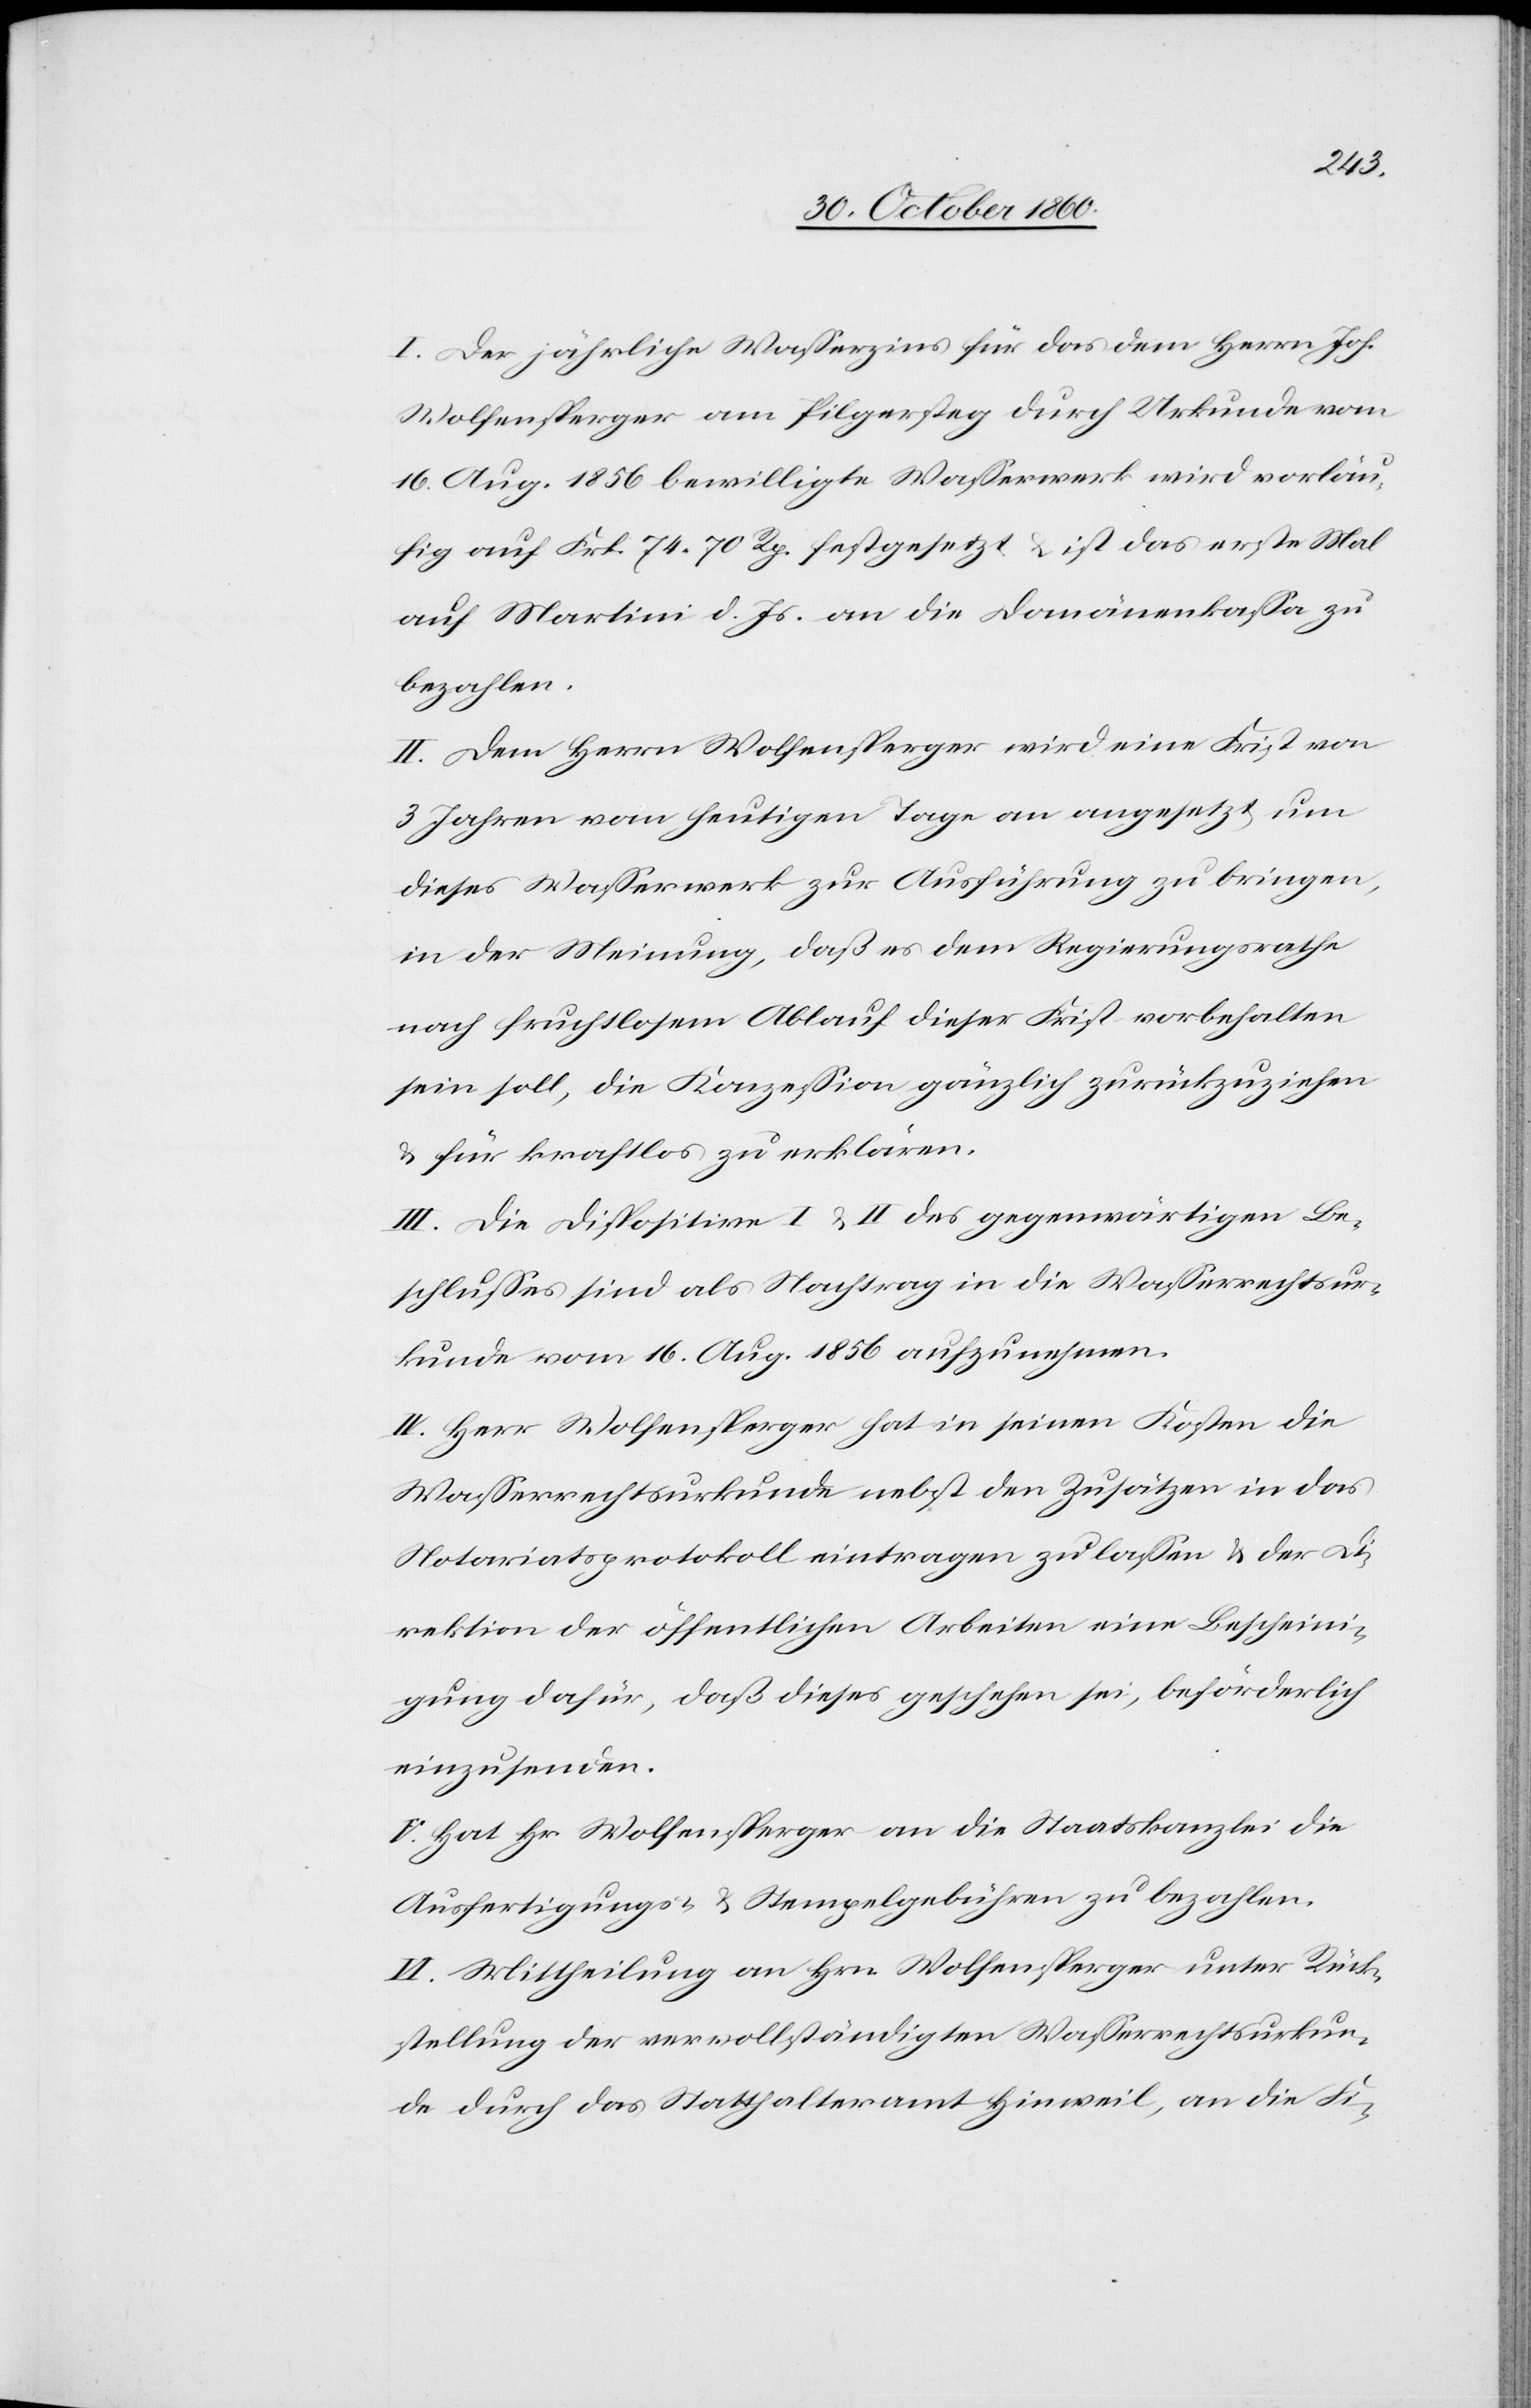
I. Der jährliche Wasserzins für das dem Herrn Joh.
Wolfensperger am Pilgersteg durch Urkunde vom
16. Aug. 1856 bewilligte Wasserwerk wird vorläu¬
fig auf Frk. 74 70 Rp. festgesetzt u. ist das erste Mal
auf Martini d. Js. an die Domänenkassa zu
bezahlen.
II. Dem Herrn Wolfensperger wird eine Frist von
3 Jahren vom heutigen Tage an angesetzt, um
dieses Wasserwerk zur Ausführung zu bringen,
in der Meinung, daß es dem Regierungsrathe
nach fruchtlosem Ablauf dieser Frist vorbehalten
sein soll, die Konzession gänzlich zurückzuziehen
u. für kraftlos zu erklären.
III. Die Dispositive I u. II des gegenwärtigen Be¬
schlusses sind als Nachtrag in die Wasserrechtsur¬
kunde vom 16. Aug. 1856 aufzunehmen.
IV. Herr Wolfensperger hat in seinen Kosten die
Wasserrechtsurkunde nebst den Zusätzen in das
Notariatsprotokoll eintragen zu lassen u. der Di¬
rektion der öffentlichen Arbeiten eine Bescheini¬
gung dafür, daß dieses geschehen sei, beförderlich
einzusenden.
V. Hat Hr. Wolfensperger an die Staatskanzlei de
Ausfertigungs- u. Stempelgebühren zu bezahlen.
VI. Mittheilung an Hrn. Wolfensperger unter Rück¬
stellung der vervollständigten Wasserrechtsurkun¬
de durch das Statthalteramt Hinweil, an die Fi-